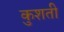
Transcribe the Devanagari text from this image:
कुशती